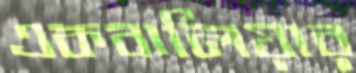
একবালিয়ার